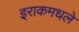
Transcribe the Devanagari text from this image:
इराकमधले